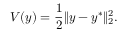
V ( y ) = \frac { 1 } { 2 } \| y - y ^ { * } \| _ { 2 } ^ { 2 } .